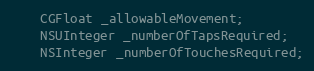
Language: C
    CGFloat _allowableMovement;
    NSUInteger _numberOfTapsRequired;
    NSInteger _numberOfTouchesRequired;